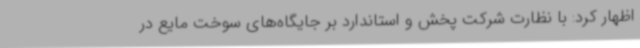
اظهار کرد: با نظارت شرکت پخش و استاندارد بر جایگاه‌های سوخت مایع در